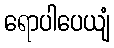
ရောပါပေယျံ